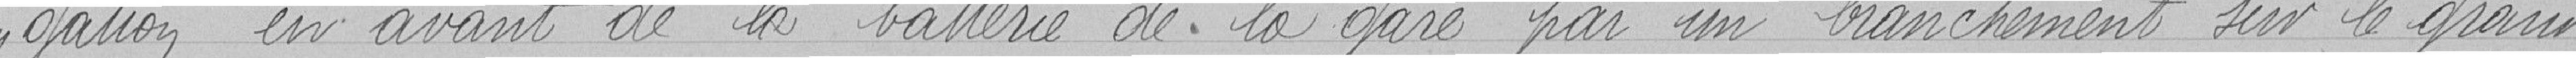
gation en avant de la batterie de la gare par un branchement sur le grand